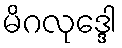
မိဂလုဒ္ဒေါ